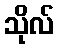
သိုလ်